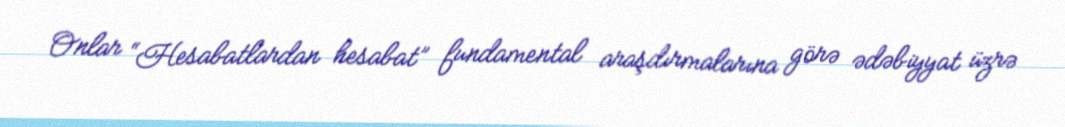
Onlar “Hesabatlardan hesabat” fundamental araşdırmalarına görə ədəbiyyat üzrə